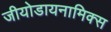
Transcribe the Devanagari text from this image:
जीयोडायनामिक्स